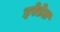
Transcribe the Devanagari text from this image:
इरेडेल